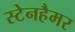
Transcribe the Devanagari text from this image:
स्टेनहैमर